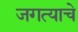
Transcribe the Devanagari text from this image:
जगत्याचे